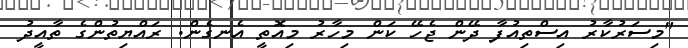
"މިސަރުކާރު އިސްތިއުފާ ދޭން ޖެހޭ ކަން މިހާރު މިއޮތީ އެނގެން. ރައްޔިތުންގެ ތާއީދު